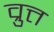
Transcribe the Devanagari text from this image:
व्रुत्त